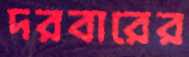
দরবারের